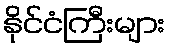
နိုင်ငံကြီးများ